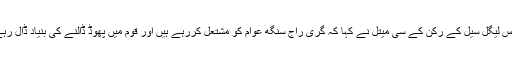
کانگریس لیگل سیل کے رکن کے سی میتل نے کہا کہ گری راج سنگھ عوام کو مشتعل کررہے ہیں اور قوم میں پھوڈ ڈالنے کی بنیاد ڈال رہے ہیں ۔